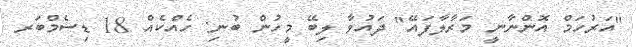
"އަރުހަމް އޮންނާނީ މަރާލާފައޭ" ދައުވާ ލިބޭ މީހުން ބުނި: ހެއްކެއް 18 ޑިސެމްބަރ